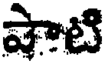
షాటి